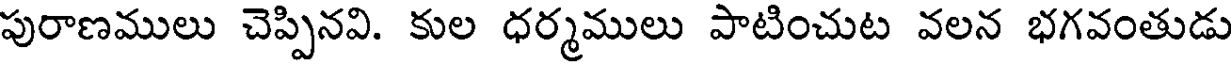
పురాణములు చెప్పినవి. కుల ధర్మములు పాటించుట వలన భగవంతుడు